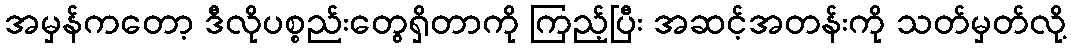
အမှန်ကတော့ ဒီလိုပစ္စည်းတွေရှိတာကို ကြည့်ပြီး အဆင့်အတန်းကို သတ်မှတ်လို့